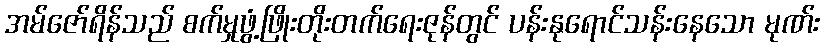
အမ်ဇော်ရိန်သည် စက်မှုဖွံ့ဖြိုးတိုးတက်ရေးဇုန်တွင် ပန်းနုရောင်သန်းနေသော မုဏ်း